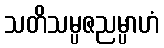
သတိသမ္ပဇညမ္ပာဟံ